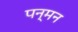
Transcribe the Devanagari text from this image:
पन्मन